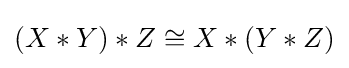
(X*Y)*Z\cong X*(Y*Z)